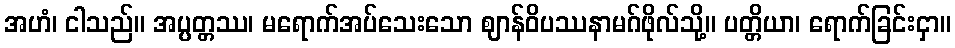
အဟံ၊ ငါသည်။ အပ္ပတ္တဿ၊ မရောက်အပ်သေးသော ဈာန်ဝိပဿနာမဂ်ဖိုလ်သို့။ ပတ္တိယာ၊ ရောက်ခြင်းငှာ။